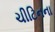
ચીટિનના